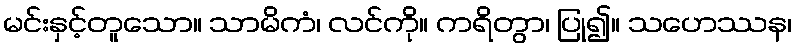
မင်းနှင့်တူသော။ သာမိကံ၊ လင်ကို။ ကရိတွာ၊ ပြု၍။ သဟေဿန၊